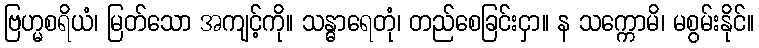
ဗြဟ္မစရိယံ၊ မြတ်သော အကျင့်ကို။ သန္ဓာရေတုံ၊ တည်စေခြင်းငှာ။ န သက္ကောမိ၊ မစွမ်းနိုင်။